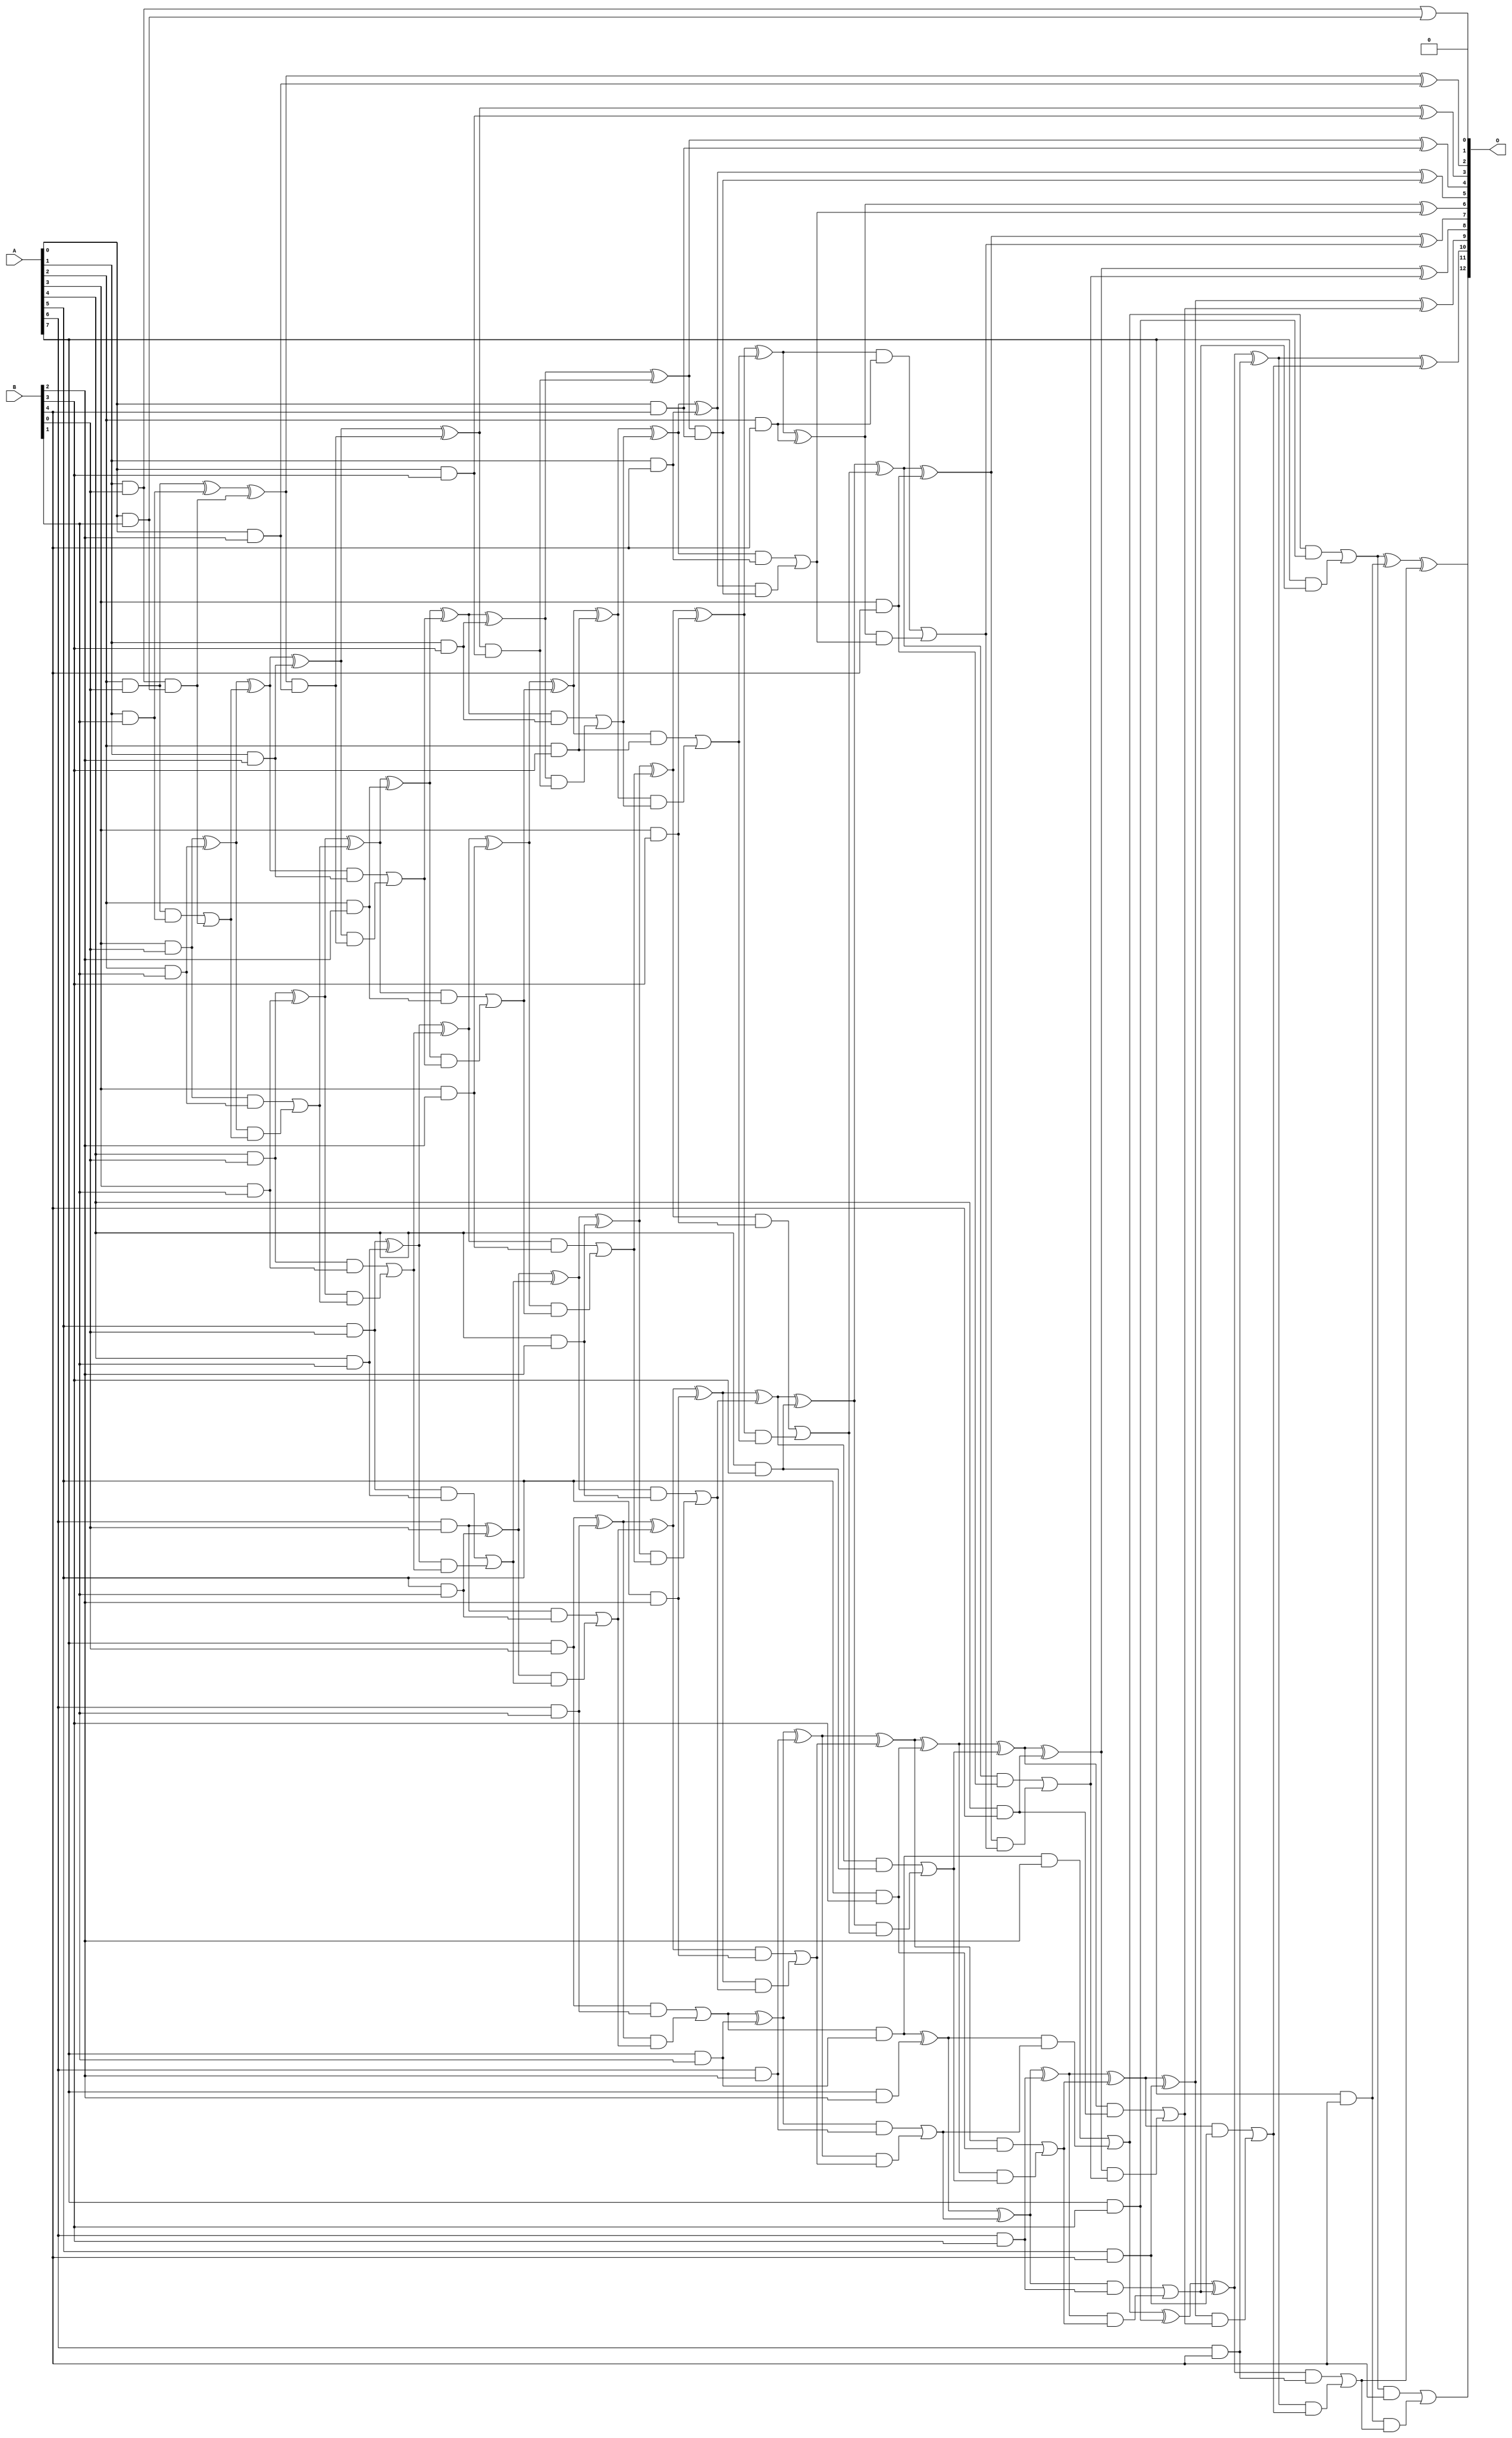
/***
* This code is a part of EvoApproxLib library (ehw.fit.vutbr.cz/approxlib) distributed under The MIT License.
* When used, please cite the following article(s): V. Mrazek, L. Sekanina, Z. Vasicek "Libraries of Approximate Circuits: Automated Design and Application in CNN Accelerators" IEEE Journal on Emerging and Selected Topics in Circuits and Systems, Vol 10, No 4, 2020 
* This file contains a circuit from a sub-set of pareto optimal circuits with respect to the pwr and mae parameters
***/
// MAE% = 0.0031 %
// MAE = 0.25 
// WCE% = 0.012 %
// WCE = 1.0 
// WCRE% = 100.00 %
// EP% = 25.00 %
// MRE% = 0.10 %
// MSE = 0.25 
// PDK45_PWR = 0.192 mW
// PDK45_AREA = 413.5 um2
// PDK45_DELAY = 1.37 ns

module mul8x5u_00N (
    A,
    B,
    O
);

input [7:0] A;
input [4:0] B;
output [12:0] O;

wire sig_14,sig_15,sig_16,sig_17,sig_18,sig_19,sig_20,sig_21,sig_22,sig_23,sig_24,sig_25,sig_26,sig_27,sig_28,sig_29,sig_30,sig_31,sig_32,sig_33;
wire sig_34,sig_35,sig_36,sig_37,sig_38,sig_39,sig_40,sig_41,sig_42,sig_43,sig_44,sig_45,sig_46,sig_47,sig_48,sig_49,sig_50,sig_51,sig_52,sig_53;
wire sig_54,sig_55,sig_56,sig_57,sig_58,sig_59,sig_60,sig_61,sig_62,sig_63,sig_64,sig_65,sig_66,sig_67,sig_68,sig_69,sig_70,sig_71,sig_72,sig_73;
wire sig_74,sig_75,sig_76,sig_77,sig_78,sig_79,sig_80,sig_81,sig_82,sig_83,sig_84,sig_85,sig_86,sig_87,sig_88,sig_89,sig_90,sig_91,sig_92,sig_93;
wire sig_94,sig_95,sig_96,sig_97,sig_98,sig_99,sig_100,sig_101,sig_102,sig_103,sig_104,sig_105,sig_106,sig_107,sig_108,sig_109,sig_110,sig_111,sig_112,sig_113;
wire sig_114,sig_115,sig_116,sig_117,sig_118,sig_119,sig_120,sig_121,sig_122,sig_123,sig_124,sig_125,sig_126,sig_127,sig_128,sig_129,sig_130,sig_131,sig_132,sig_133;
wire sig_134,sig_135,sig_136,sig_137,sig_138,sig_139,sig_140,sig_141,sig_142,sig_143,sig_144,sig_145,sig_146,sig_147,sig_148,sig_149,sig_150,sig_151,sig_152,sig_153;
wire sig_154,sig_155,sig_156,sig_157,sig_158,sig_159,sig_160,sig_161,sig_162,sig_163,sig_164,sig_165,sig_166,sig_167,sig_168,sig_169,sig_170,sig_171,sig_172,sig_173;
wire sig_174,sig_175,sig_176,sig_177,sig_178,sig_179,sig_180,sig_181,sig_182,sig_183,sig_184,sig_185,sig_186,sig_187,sig_188,sig_189,sig_190,sig_191,sig_192,sig_193;
wire sig_194,sig_195,sig_196,sig_197;

assign sig_14 = A[1] & B[0];
assign sig_15 = A[2] & B[0];
assign sig_16 = A[3] & B[0];
assign sig_17 = A[4] & B[0];
assign sig_18 = A[5] & B[0];
assign sig_19 = A[6] & B[0];
assign sig_20 = A[7] & B[0];
assign sig_21 = A[0] & B[1];
assign sig_22 = A[1] & B[1];
assign sig_23 = A[2] & B[1];
assign sig_24 = A[3] & B[1];
assign sig_25 = A[4] & B[1];
assign sig_26 = A[5] & B[1];
assign sig_27 = A[6] & B[1];
assign sig_28 = A[7] & B[1];
assign sig_29 = sig_14 & sig_21;
assign sig_30 = sig_14 | sig_21;
assign sig_31 = sig_15 ^ sig_22;
assign sig_32 = sig_15 & sig_22;
assign sig_33 = sig_21 & sig_14;
assign sig_34 = sig_31 ^ sig_33;
assign sig_35 = sig_32 | sig_29;
assign sig_36 = sig_16 ^ sig_23;
assign sig_37 = sig_16 & sig_23;
assign sig_38 = sig_36 & sig_35;
assign sig_39 = sig_36 ^ sig_35;
assign sig_40 = sig_37 | sig_38;
assign sig_41 = sig_17 ^ sig_24;
assign sig_42 = sig_17 & sig_24;
assign sig_43 = sig_41 & sig_40;
assign sig_44 = sig_41 ^ sig_40;
assign sig_45 = sig_42 | sig_43;
assign sig_46 = sig_18 ^ sig_25;
assign sig_47 = sig_18 & sig_25;
assign sig_48 = sig_46 & sig_45;
assign sig_49 = sig_46 ^ sig_45;
assign sig_50 = sig_47 | sig_48;
assign sig_51 = sig_19 ^ sig_26;
assign sig_52 = sig_19 & sig_26;
assign sig_53 = sig_51 & sig_50;
assign sig_54 = sig_51 ^ sig_50;
assign sig_55 = sig_52 | sig_53;
assign sig_56 = sig_20 ^ sig_27;
assign sig_57 = sig_20 & sig_27;
assign sig_58 = sig_56 & sig_55;
assign sig_59 = sig_56 ^ sig_55;
assign sig_60 = sig_57 | sig_58;
assign sig_61 = sig_60 & sig_28;
assign sig_62 = sig_60 ^ sig_28;
assign sig_63 = A[0] & B[2];
assign sig_64 = A[1] & B[2];
assign sig_65 = A[2] & B[2];
assign sig_66 = A[3] & B[2];
assign sig_67 = A[4] & B[2];
assign sig_68 = A[5] & B[2];
assign sig_69 = A[6] & B[2];
assign sig_70 = A[7] & B[2];
assign sig_71 = sig_34 & sig_63;
assign sig_72 = sig_34 ^ sig_63;
assign sig_73 = sig_39 ^ sig_64;
assign sig_74 = sig_39 & sig_64;
assign sig_75 = sig_73 & sig_71;
assign sig_76 = sig_73 ^ sig_71;
assign sig_77 = sig_74 | sig_75;
assign sig_78 = sig_44 ^ sig_65;
assign sig_79 = sig_44 & sig_65;
assign sig_80 = sig_78 & sig_77;
assign sig_81 = sig_78 ^ sig_77;
assign sig_82 = sig_79 | sig_80;
assign sig_83 = sig_49 ^ sig_66;
assign sig_84 = sig_49 & sig_66;
assign sig_85 = sig_83 & sig_82;
assign sig_86 = sig_83 ^ sig_82;
assign sig_87 = sig_84 | sig_85;
assign sig_88 = sig_54 ^ sig_67;
assign sig_89 = sig_54 & sig_67;
assign sig_90 = sig_88 & sig_87;
assign sig_91 = sig_88 ^ sig_87;
assign sig_92 = sig_89 | sig_90;
assign sig_93 = sig_59 ^ sig_68;
assign sig_94 = sig_59 & sig_68;
assign sig_95 = sig_93 & sig_92;
assign sig_96 = sig_93 ^ sig_92;
assign sig_97 = sig_94 | sig_95;
assign sig_98 = sig_62 ^ sig_69;
assign sig_99 = sig_62 & sig_69;
assign sig_100 = sig_98 & sig_97;
assign sig_101 = sig_98 ^ sig_97;
assign sig_102 = sig_99 | sig_100;
assign sig_103 = sig_61 ^ sig_70;
assign sig_104 = sig_61 & B[2];
assign sig_105 = sig_103 & sig_102;
assign sig_106 = sig_103 ^ sig_102;
assign sig_107 = sig_104 | sig_105;
assign sig_108 = A[0] & B[3];
assign sig_109 = A[1] & B[3];
assign sig_110 = A[2] & B[3];
assign sig_111 = A[3] & B[3];
assign sig_112 = A[4] & B[3];
assign sig_113 = A[5] & B[3];
assign sig_114 = A[6] & B[3];
assign sig_115 = A[7] & B[3];
assign sig_116 = sig_76 & sig_108;
assign sig_117 = sig_76 ^ sig_108;
assign sig_118 = sig_81 ^ sig_109;
assign sig_119 = sig_81 & sig_109;
assign sig_120 = sig_118 & sig_116;
assign sig_121 = sig_118 ^ sig_116;
assign sig_122 = sig_119 | sig_120;
assign sig_123 = sig_86 ^ sig_110;
assign sig_124 = sig_86 & sig_110;
assign sig_125 = sig_123 & sig_122;
assign sig_126 = sig_123 ^ sig_122;
assign sig_127 = sig_124 | sig_125;
assign sig_128 = sig_91 ^ sig_111;
assign sig_129 = sig_91 & sig_111;
assign sig_130 = sig_128 & sig_127;
assign sig_131 = sig_128 ^ sig_127;
assign sig_132 = sig_129 | sig_130;
assign sig_133 = sig_96 ^ sig_112;
assign sig_134 = sig_96 & sig_112;
assign sig_135 = sig_133 & sig_132;
assign sig_136 = sig_133 ^ sig_132;
assign sig_137 = sig_134 | sig_135;
assign sig_138 = sig_101 ^ sig_113;
assign sig_139 = sig_101 & sig_113;
assign sig_140 = sig_138 & sig_137;
assign sig_141 = sig_138 ^ sig_137;
assign sig_142 = sig_139 | sig_140;
assign sig_143 = sig_106 ^ sig_114;
assign sig_144 = sig_106 & sig_114;
assign sig_145 = sig_143 & sig_142;
assign sig_146 = sig_143 ^ sig_142;
assign sig_147 = sig_144 | sig_145;
assign sig_148 = sig_107 ^ sig_115;
assign sig_149 = sig_107 & sig_115;
assign sig_150 = A[7] & sig_147;
assign sig_151 = sig_148 ^ sig_147;
assign sig_152 = sig_149 | sig_150;
assign sig_153 = A[0] & B[4];
assign sig_154 = A[1] & B[4];
assign sig_155 = A[2] & B[4];
assign sig_156 = A[3] & B[4];
assign sig_157 = A[4] & B[4];
assign sig_158 = A[5] & B[4];
assign sig_159 = A[6] & B[4];
assign sig_160 = A[7] & B[4];
assign sig_161 = sig_121 & sig_153;
assign sig_162 = sig_121 ^ sig_153;
assign sig_163 = sig_126 ^ sig_154;
assign sig_164 = sig_126 & sig_154;
assign sig_165 = sig_163 & sig_161;
assign sig_166 = sig_163 ^ sig_161;
assign sig_167 = sig_164 | sig_165;
assign sig_168 = sig_131 ^ sig_155;
assign sig_169 = sig_131 & sig_155;
assign sig_170 = sig_168 & sig_167;
assign sig_171 = sig_168 ^ sig_167;
assign sig_172 = sig_169 | sig_170;
assign sig_173 = sig_136 ^ sig_156;
assign sig_174 = sig_136 & sig_156;
assign sig_175 = sig_173 & sig_172;
assign sig_176 = sig_173 ^ sig_172;
assign sig_177 = sig_174 | sig_175;
assign sig_178 = sig_141 ^ sig_157;
assign sig_179 = sig_141 & sig_157;
assign sig_180 = sig_178 & sig_177;
assign sig_181 = sig_178 ^ sig_177;
assign sig_182 = sig_179 | sig_180;
assign sig_183 = sig_146 ^ sig_158;
assign sig_184 = sig_146 & sig_158;
assign sig_185 = sig_183 & sig_182;
assign sig_186 = sig_183 ^ sig_182;
assign sig_187 = sig_184 | sig_185;
assign sig_188 = sig_151 ^ sig_159;
assign sig_189 = sig_151 & sig_159;
assign sig_190 = sig_188 & sig_187;
assign sig_191 = sig_188 ^ sig_187;
assign sig_192 = sig_189 | sig_190;
assign sig_193 = sig_152 ^ sig_160;
assign sig_194 = sig_152 & B[4];
assign sig_195 = sig_160 & sig_192;
assign sig_196 = sig_193 ^ sig_192;
assign sig_197 = sig_194 | sig_195;

assign O[12] = sig_197;
assign O[11] = sig_196;
assign O[10] = sig_191;
assign O[9] = sig_186;
assign O[8] = sig_181;
assign O[7] = sig_176;
assign O[6] = sig_171;
assign O[5] = sig_166;
assign O[4] = sig_162;
assign O[3] = sig_117;
assign O[2] = sig_72;
assign O[1] = sig_30;
assign O[0] = 1'b0;

endmodule